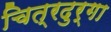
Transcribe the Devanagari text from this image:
चित्रदुर्गा